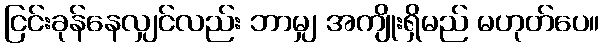
ငြင်းခုန်နေလျှင်လည်း ဘာမျှ အကျိုးရှိမည် မဟုတ်ပေ။